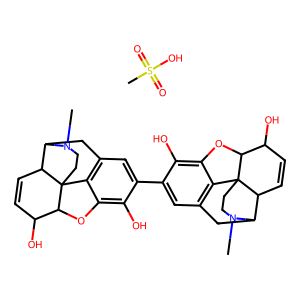
SMILES: CN1CCC23c4c5cc(-c6cc7c8c(c6O)OC6C(O)C=CC9C(C7)N(C)CCC896)c(O)c4OC2C(O)C=CC3C1C5.CS(=O)(=O)O
Inhibits HIV replication: No